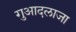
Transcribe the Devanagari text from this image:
गुआदलाजा